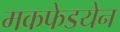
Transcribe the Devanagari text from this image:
मकफेडयेन